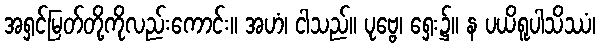
အရှင်မြတ်တို့ကိုလည်းကောင်း။ အဟံ၊ ငါသည်။ ပုဗ္ဗေ၊ ရှေး၌။ န ပယိရူပါသိဿံ၊